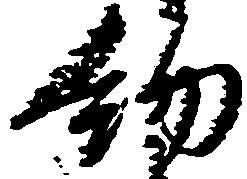
約